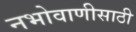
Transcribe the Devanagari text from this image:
नभोवाणीसाठी